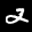
Label: 2